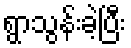
ရွာသွန်းခဲ့ပြီး